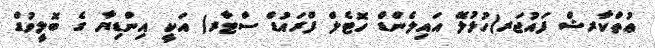
ޢުތްކާރޝް ފައުޖަރ(ހުޅުލޭ އައިލެންޑް ހޮޓެލް ފްރައުޑް ސްޓާރ) އަކީ އިންޑިޔާ ގެ ބޮލީވުޑް